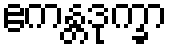
ဧကန္တဒုက္ခာ